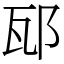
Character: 邷